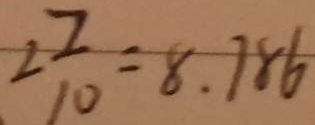
2 \frac { 7 } { 1 0 } = 8 . 7 8 6